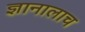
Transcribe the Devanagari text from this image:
ज्ञानालाच